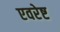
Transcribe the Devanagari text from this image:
एवरेष्ट